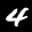
Label: 4